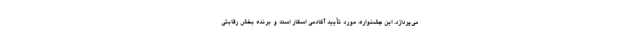
می‌پردازد. این جشنواره، مورد تأیید آکادمی اسکار است و برنده بخش رقابتی